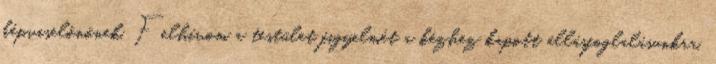
képviselőnőnek. Felhívom a testület figyelmét a kézhez kapott állásfoglalásunkra.